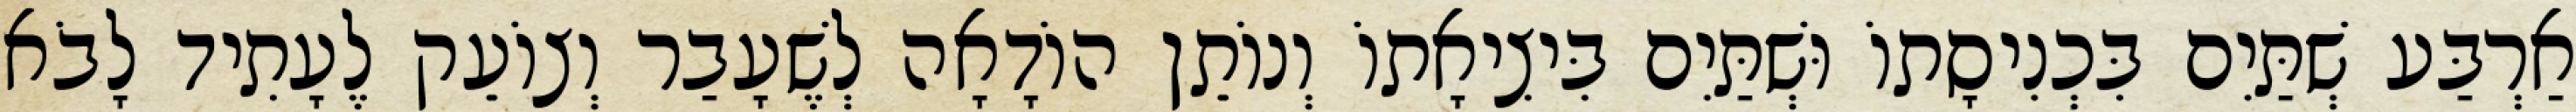
אַרְבַּע שְׁתַּיִם בִּכְנִיסָתוֹ וּשְׁתַּיִם בִּיצִיאָתוֹ וְנוֹתֵן הוֹדָאָה לְשֶׁעָבַר וְצוֹעֵק לֶעָתִיד לָבֹא